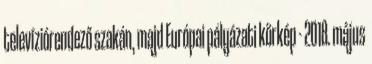
televíziórendező szakán, majd Európai pályázati körkép - 2018. május